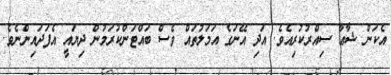
އެކަން ޝާޢާ ސިއްރުކުރިއެވެ. އަދި އޭނަގެ އަމަލުތައް ވެސް ބައްޓަންކުރަމުން ދިޔައީ އެފަދައިންނެވެ.